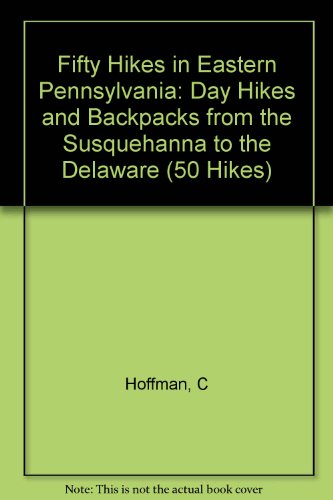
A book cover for Fifty Hikes in Eastern Pennsylvania: Day Hikes and Backpacks from the Susquehanna to the Delaware (50 Hikes); Carolyn Hoffman; Travel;